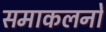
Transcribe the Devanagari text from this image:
समाकलनों